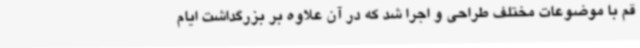
قم با موضوعات مختلف طراحی و اجرا شد که در آن علاوه بر بزرگداشت ایام